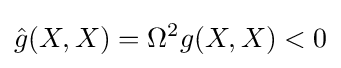
{\hat {g}}(X,X)=\Omega ^{2}g(X,X)<0